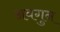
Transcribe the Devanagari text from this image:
अवगुन